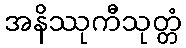
အနိဿုကီသုတ္တံ